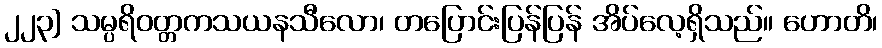
၂၂၃] သမ္ပရိဝတ္တကသယနသီလော၊ တပြောင်းပြန်ပြန် အိပ်လေ့ရှိသည်။ ဟောတိ၊